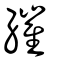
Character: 繀